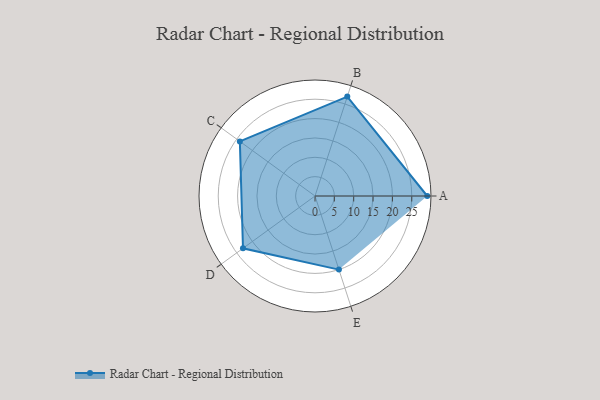
{"axis": {"x": "Skill", "y": "Score"}, "legend": ["Profile"], "data": [{"x": "A", "y": 29.0, "type": "Profile"}, {"x": "B", "y": 27.0, "type": "Profile"}, {"x": "C", "y": 24.0, "type": "Profile"}, {"x": "D", "y": 23.0, "type": "Profile"}, {"x": "E", "y": 20.0, "type": "Profile"}]}